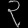
Digit: ၃